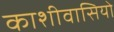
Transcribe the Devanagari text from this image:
काशीवासियो